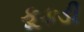
કૂકડી